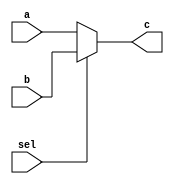
module muxfour (output reg [3:0] c,input [3:0]a,b, input sel);
  always@(sel,a,b)
  begin
  if(sel)
  c = b;
else
c=a;
end
endmodule